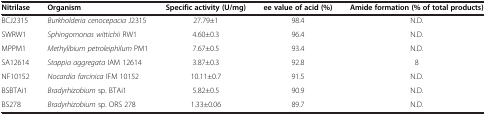
| Nitrilase | Organism | Specific activity (U/mg) | ee value of acid (%) | Amide formation (% of total products) |
 | --- | --- | --- | --- | --- |
 | BCJ2315 | Burkholderia cenocepacia J2315 | 27.79±1 | 98.4 | N.D. |
 | SWRW1 | Sphingomonas wittichii RW1 | 4.60±0.3 | 96.4 | N.D. |
 | MPPM1 | Methylibium petroleiphilum PM1 | 7.67±0.5 | 93.4 | N.D. |
 | SA12614 | Stappia aggregata IAM 12614 | 3.87±0.3 | 92.8 | 8 |
 | NF10152 | Nocardia farcinica IFM 10152 | 10.11±0.7 | 91.5 | N.D. |
 | BSBTAi1 | Bradyrhizobium sp. BTAi1 | 5.82±0.5 | 90.9 | N.D. |
 | BS278 | Bradyrhizobium sp. ORS 278 | 1.33±0.06 | 89.7 | N.D. |